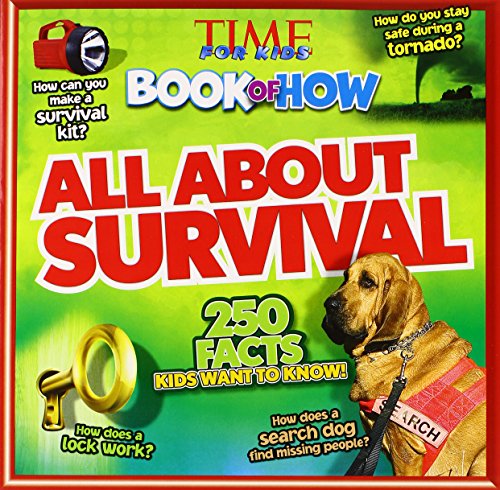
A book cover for Time For Kids Book of How: All About Survival; Editors of TIME For Kids Magazine; Children's Books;